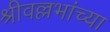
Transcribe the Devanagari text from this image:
श्रीवल्लभांच्या